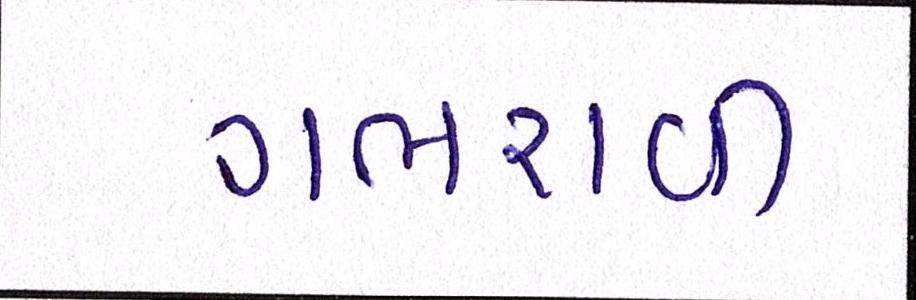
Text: ગભરાવી